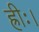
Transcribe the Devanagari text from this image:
ह्रीः।